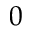
0